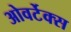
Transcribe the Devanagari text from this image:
ओवर्टेक्स